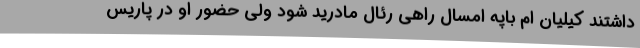
داشتند کیلیان ام باپه امسال راهی رئال مادرید شود ولی حضور او در پاریس